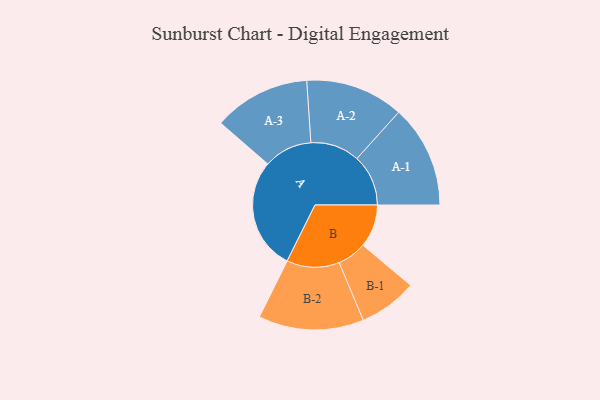
{"axis": {"x": "Segment", "y": "Value"}, "legend": ["", "A", "B"], "data": [{"x": "A", "y": 499, "type": ""}, {"x": "B", "y": 191, "type": ""}, {"x": "A-1", "y": 229, "type": "A"}, {"x": "A-2", "y": 219, "type": "A"}, {"x": "A-3", "y": 216, "type": "A"}, {"x": "B-1", "y": 130, "type": "B"}, {"x": "B-2", "y": 235, "type": "B"}]}